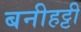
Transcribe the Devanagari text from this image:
बनीहट्टी